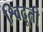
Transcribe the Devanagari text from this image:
श्विदूती